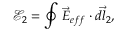
\mathcal E _ { 2 } = \oint \vec { E } _ { e f f } \cdot \vec { d l _ { 2 } } ,